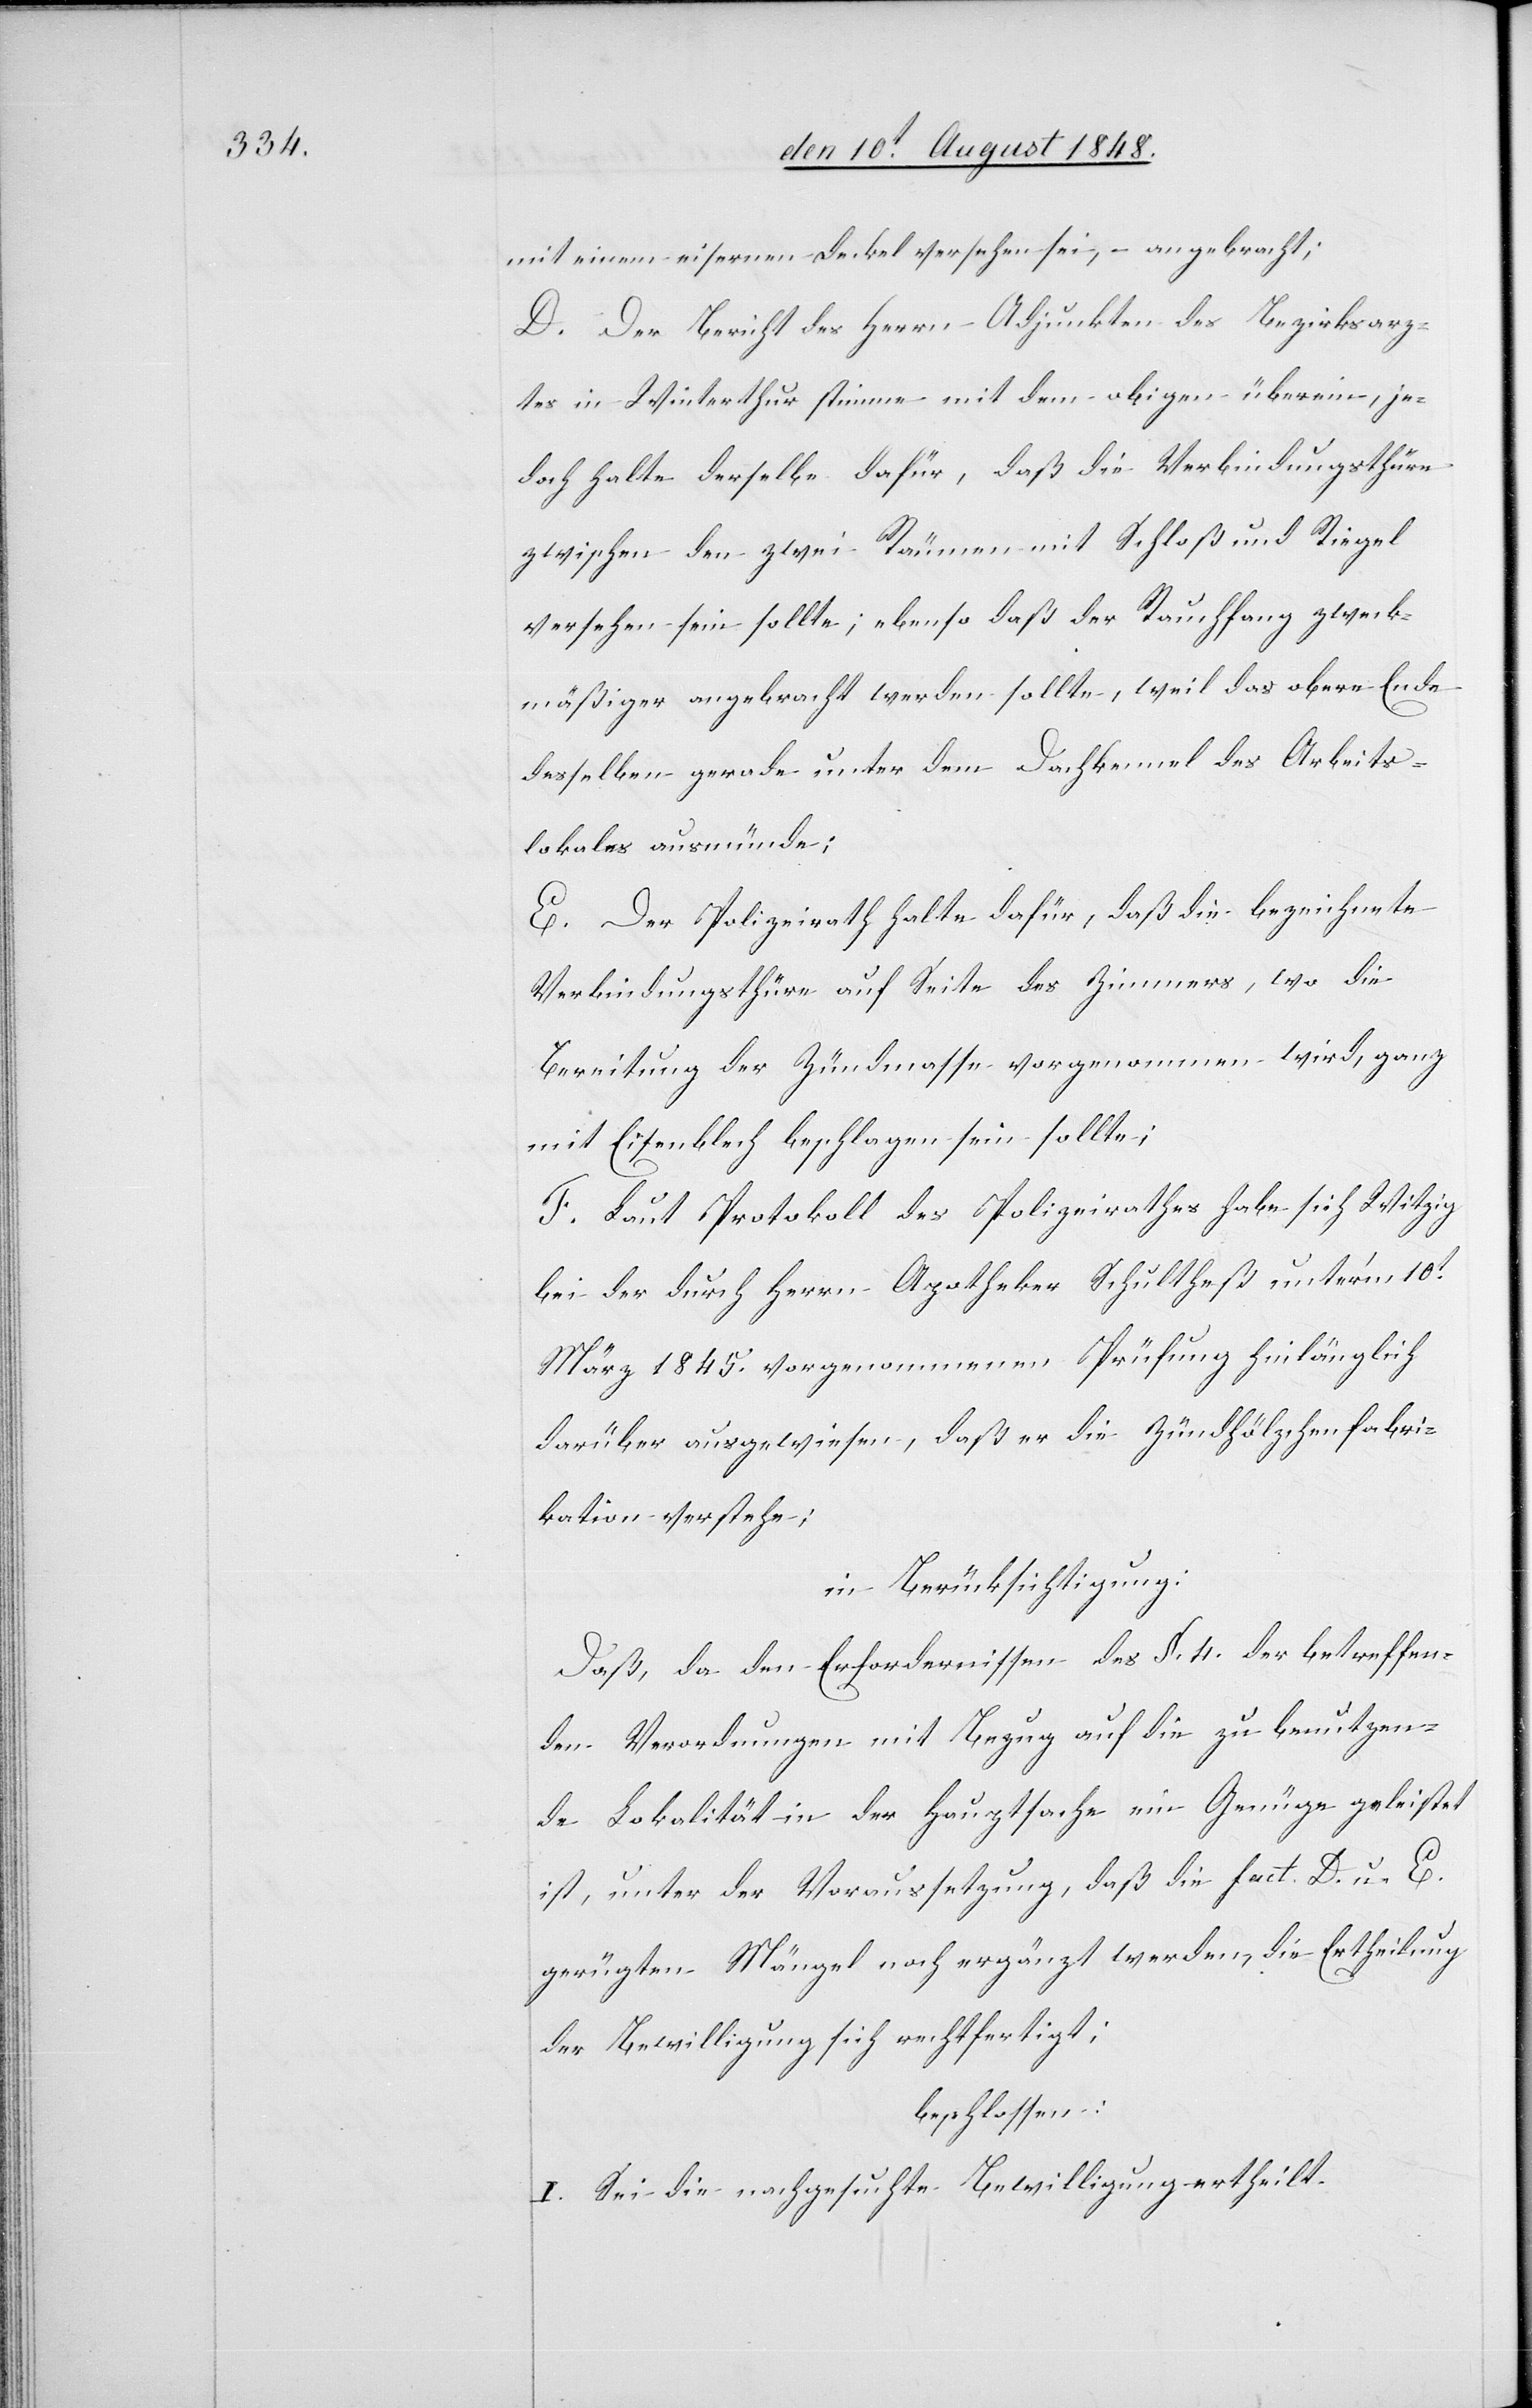
mit einem eisernen Deckel versehen sei, angebracht:
D. Der Bericht des Herrn Adjunkten des Bezirksarz¬
tes in Winterthur stimme mit dem obigen überein, je¬
doch halte derselbe dafür, daß die Verbindungsthüre
zwischen den zwei Räumen mit Schloß und Riegel
versehen sein sollte; ebenso daß der Rauchfang zweck¬
mäßiger angebracht werden sollte, weil das obere Ende
desselben gerade unter dem Dachkennel des Arbeits¬
lokales ausmünde;
E. Der Polizeirath halte dafür, daß die bezeichnete
Verbindungsthüre auf Seite des Zimmers, wo die
Bereitung der Zündmasse vorgenommen wird, ganz
mit Eisenblech beschlagen sein sollte;
F. Laut Protokoll des Polizeirathes habe sich Witzig
bei der durch Herrn Apotheker Schultheß unter’m 10t
März 1845. vorgenommenen Prüfung hinlänglich
darüber ausgewiesen, daß er die Zündhölzchenfabri¬
kation verstehe;
in Berücksichtigung:
Daß, da den Erfordernissen des §. 4. der betreffen¬
den Verordnungen mit Bezug auf die zu benutzen¬
de Lokalität in der Hauptsache ein Genüge geleistet
ist, unter der Voraussetzung, daß die fact. D. u. E.
gerügten Mängel noch ergänzt werden, die Ertheilung
der Bewilligung sich rechtfertigt;
beschlossen:
I. Sei die nachgesuchte Bewilligung ertheilt.